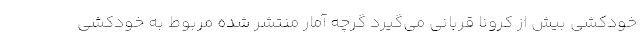
خودکشی بیش از کرونا قربانی می‌گیرد گرچه آمار منتشر شده مربوط به خودکشی